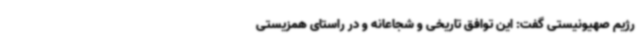
رژیم صهیونیستی گفت: این توافق تاریخی و شجاعانه و در راستای همزیستی